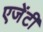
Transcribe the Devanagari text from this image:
एजेंटी